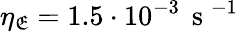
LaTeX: \eta_{\mathfrak{E}}=1.5\cdot10^{-3}\, \mathrm{{~s~}}^{-1}